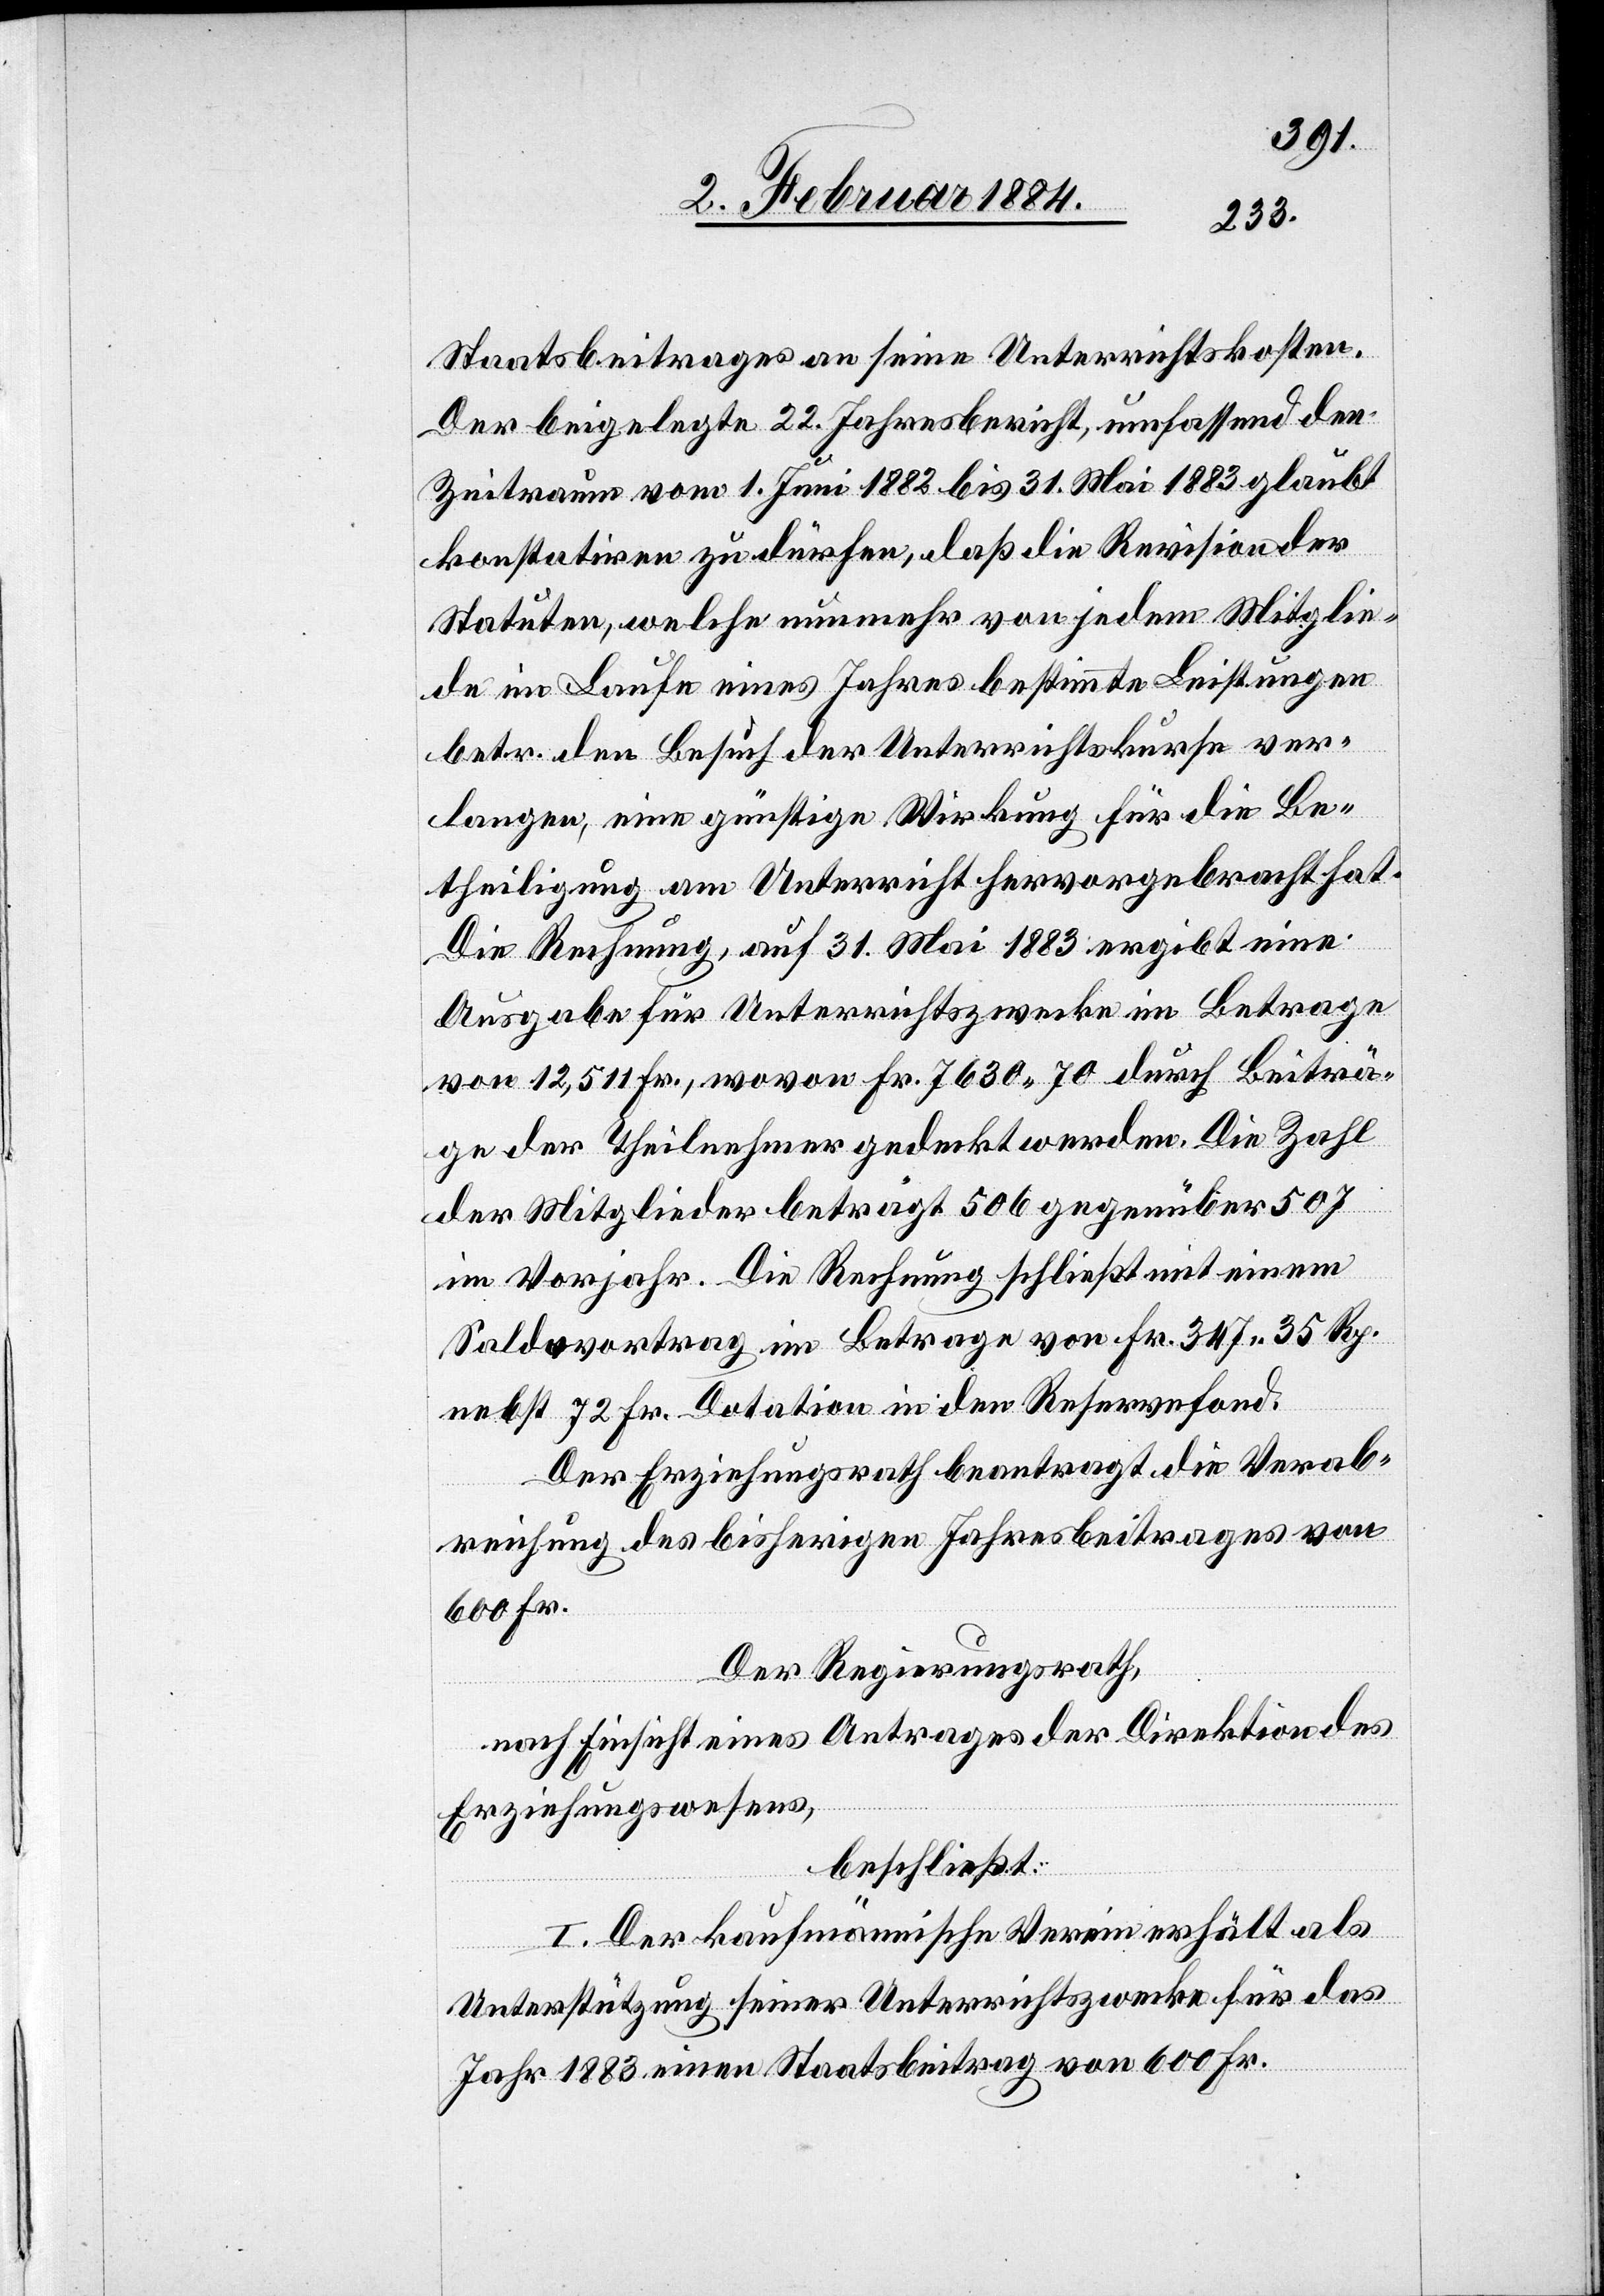
Staatsbeitrages an seine Unterrichtskosten.
Der beigelegte 22. Jahresbericht, umfassend den
Zeitraum vom 1. Juni 1882 bis 31. Mai 1883 glaubt
konstatiren zu dürfen, daß die Revision der
Statuten, welche nunmehr von jedem Mitglie¬
de im Laufe eines Jahres bestimmte Leistungen
betr. den Besuch der Unterrichtskurse ver¬
langen, eine günstige Wirkung für die Be¬
theiligung am Unterricht hervorgebracht hat.
Die Rechnung, auf 31. Mai 1883 ergibt eine
Ausgabe für Unterrichtszwecke im Betrage
von 12,511 Fr., wovon Fr. 7630 70 durch Beiträ¬
ge der Theilnehmer gedeckt werden. Die Zahl
der Mitglieder beträgt 506 gegenüber 507
im Vorjahr. Die Rechnung schließt mit einem
Saldovortrag im Betrage von Fr. 347 35 Rp.
nebst 72 Fr. Dotation in den Reservefond.
Der Erziehungsrath beantragt die Verab¬
reichung des bisherigen Jahresbeitrages von
600 Fr.
Der Regierungsrath,
nach Einsicht eines Antrags der Direktion des
Erziehungswesens,
beschließt:
I. Der kaufmännische Verein erhält als
Unterstützung seiner Unterrichtszwecke für das
Jahr 1883 einen Staatsbeitrag von 600 Fr.